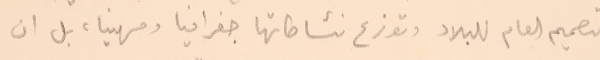
التصميم العام للبلاد وتوزع نشاطاتها جغرافيا ومهنيا، بل ان